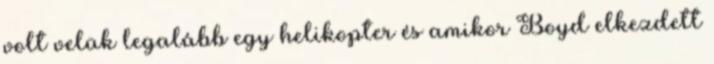
volt velük legalább egy helikopter és amikor Boyd elkezdett